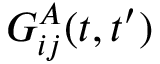
G _ { i j } ^ { A } ( t , t ^ { \prime } )